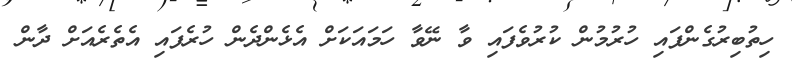
ހިތުބިރުގެންފައި ހުރުމުން ކުރުވެފައި ވާ ނޭވާ ހަމައަކަށް އެޅެންދެން ހުރެފައި އެތެރެއަށް ދާން